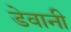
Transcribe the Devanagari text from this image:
डेवानी